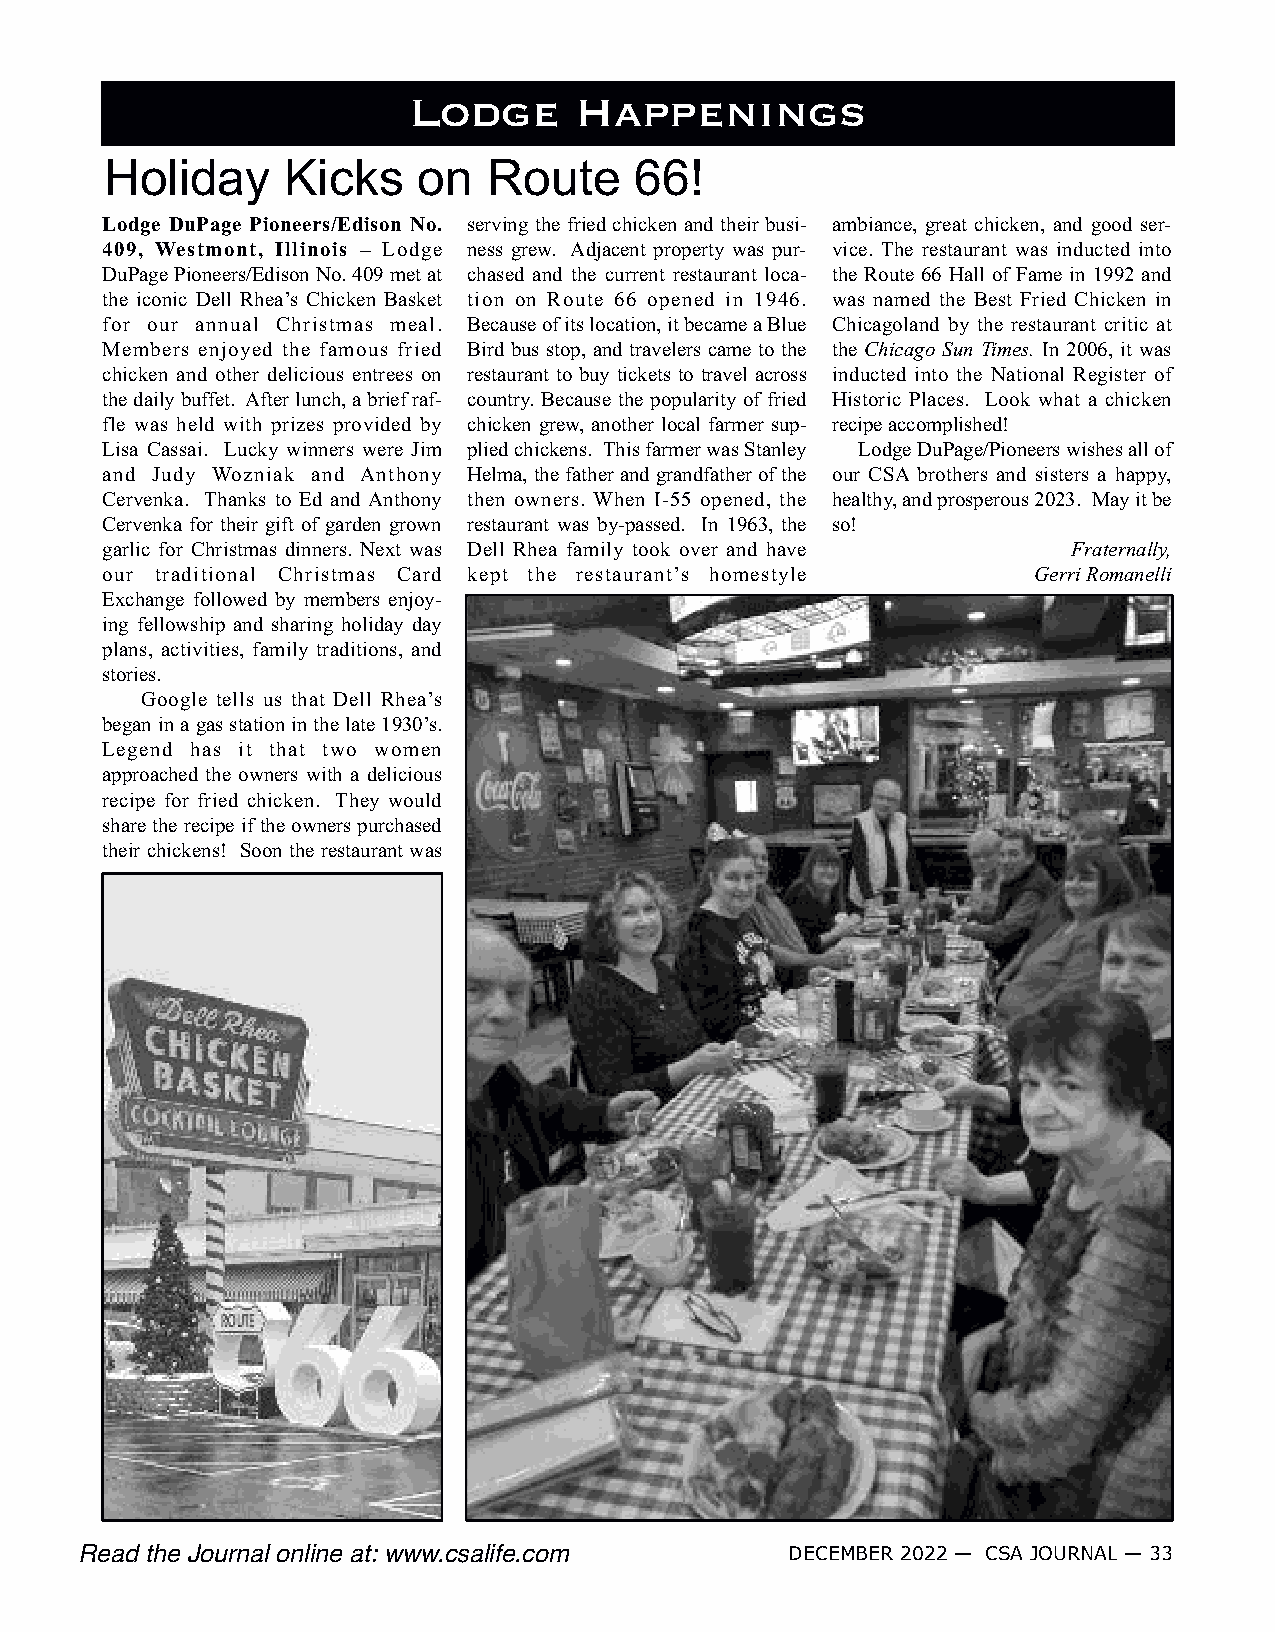
Lodge      Happenings
 Holiday     Kicks    on  Route     66!
 Lodge DuPage Pioneers/Edison No. serving the fried chicken and their busi- ambiance, great chicken, and good ser-
 409, Westmont, Illinois – Lodge ness grew. Adjacent property was pur- vice. The restaurant was inducted into
 DuPage Pioneers/Edison No. 409 met at chased and the current restaurant loca- the Route 66 Hall of Fame in 1992 and
 the iconic Dell Rhea’s Chicken Basket tion on Route 66 opened in 1946. was named the Best Fried Chicken in
 for our annual Christmas meal. Because of its location, it became a Blue Chicagoland by the restaurant critic at
 Members enjoyed the famous fried Bird bus stop, and travelers came to the the Chicago Sun Times. In 2006, it was
 chicken and other delicious entrees on restaurant to buy tickets to travel across inducted into the National Register of
 the daily buffet. After lunch, a brief raf- country. Because the popularity of fried Historic Places. Look what a chicken
 fle was held with prizes provided by chicken grew, another local farmer sup- recipe accomplished!
 Lisa Cassai. Lucky winners were Jim plied chickens. This farmer was Stanley Lodge DuPage/Pioneers wishes all of
 and Judy Wozniak and Anthony Helma, the father and grandfather of the our CSA brothers and sisters a happy,
 Cervenka. Thanks to Ed and Anthony then owners. When I-55 opened, the healthy, and prosperous 2023. May it be
 Cervenka for their gift of garden grown restaurant was by-passed. In 1963, the so!
 garlic for Christmas dinners. Next was Dell Rhea family took over and have Fraternally,
 our traditional Christmas Card kept the restaurant’s homestyle Gerri Romanelli
 Exchange followed by members enjoy-
 ing fellowship and sharing holiday day
 plans, activities, family traditions, and
 stories.
 Google tells us that Dell Rhea’s
 began in a gas station in the late 1930’s.
 Legend has it that two women
 approached the owners with a delicious
 recipe for fried chicken. They would
 share the recipe if the owners purchased
 their chickens! Soon the restaurant was
 DECEMBER 2022 — CSA JOURNAL — 33
 Read the Journal online at: www.csalife.com